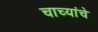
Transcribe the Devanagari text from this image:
चाच्यांचे